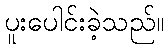
ပူးပေါင်းခဲ့သည်။